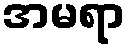
အမရာ